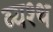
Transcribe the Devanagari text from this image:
व्यश्थ